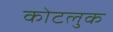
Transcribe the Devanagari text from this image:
कोटलुक